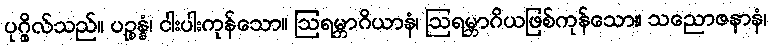
ပုဂ္ဂိုလ်သည်။ ပဉ္စန္နံ၊ ငါးပါးကုန်သော။ ဩရမ္ဘာဂိယာနံ၊ ဩရမ္ဘာဂိယဖြစ်ကုန်သော။ သညောဇနာနံ၊